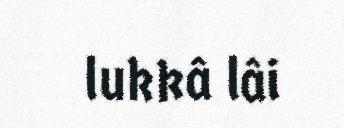
lukkâ lâi